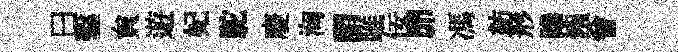
曰鑿貟遊妃駝慶洶謂雎佞𦊑馮紡形𨅶鏹曾